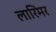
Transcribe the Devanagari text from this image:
लारिमर